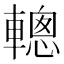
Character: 䡯